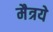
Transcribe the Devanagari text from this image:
मैत्रये